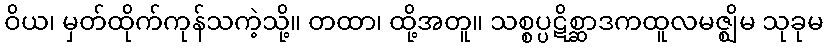
ဝိယ၊ မှတ်ထိုက်ကုန်သကဲ့သို့။ တထာ၊ ထို့အတူ။ သစ္စပ္ပဋိစ္ဆာဒကထူလမဇ္ဈိမ သုခုမ